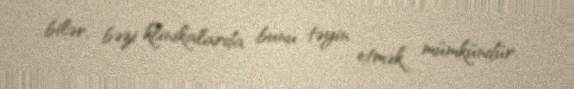
bilər, bəzi klinikalarda bunu təyin etmək mümkündür.